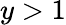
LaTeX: y>1